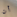
أن